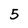
Character: 5